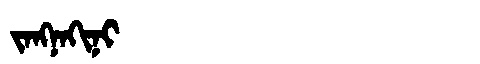
Manchu: ᠵᠠᠩᠨᠠᡴᡳᠨᡳ
Romanization: JANGNAKINI